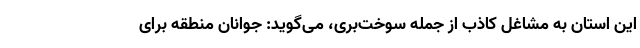
این استان به مشاغل کاذب از جمله سوخت‌بَری، می‌گوید: جوانان منطقه برای